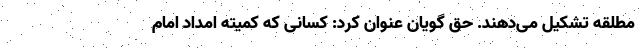
مطلقه تشکیل می‌دهند. حق گویان عنوان کرد: کسانی که کمیته امداد امام